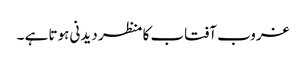
غروب آفتاب کا منظر دیدنی ہوتا ہے ۔